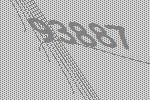
93887